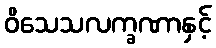
ဝိသေသလက္ခဏာနှင့်